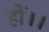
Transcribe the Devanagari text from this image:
हों।।